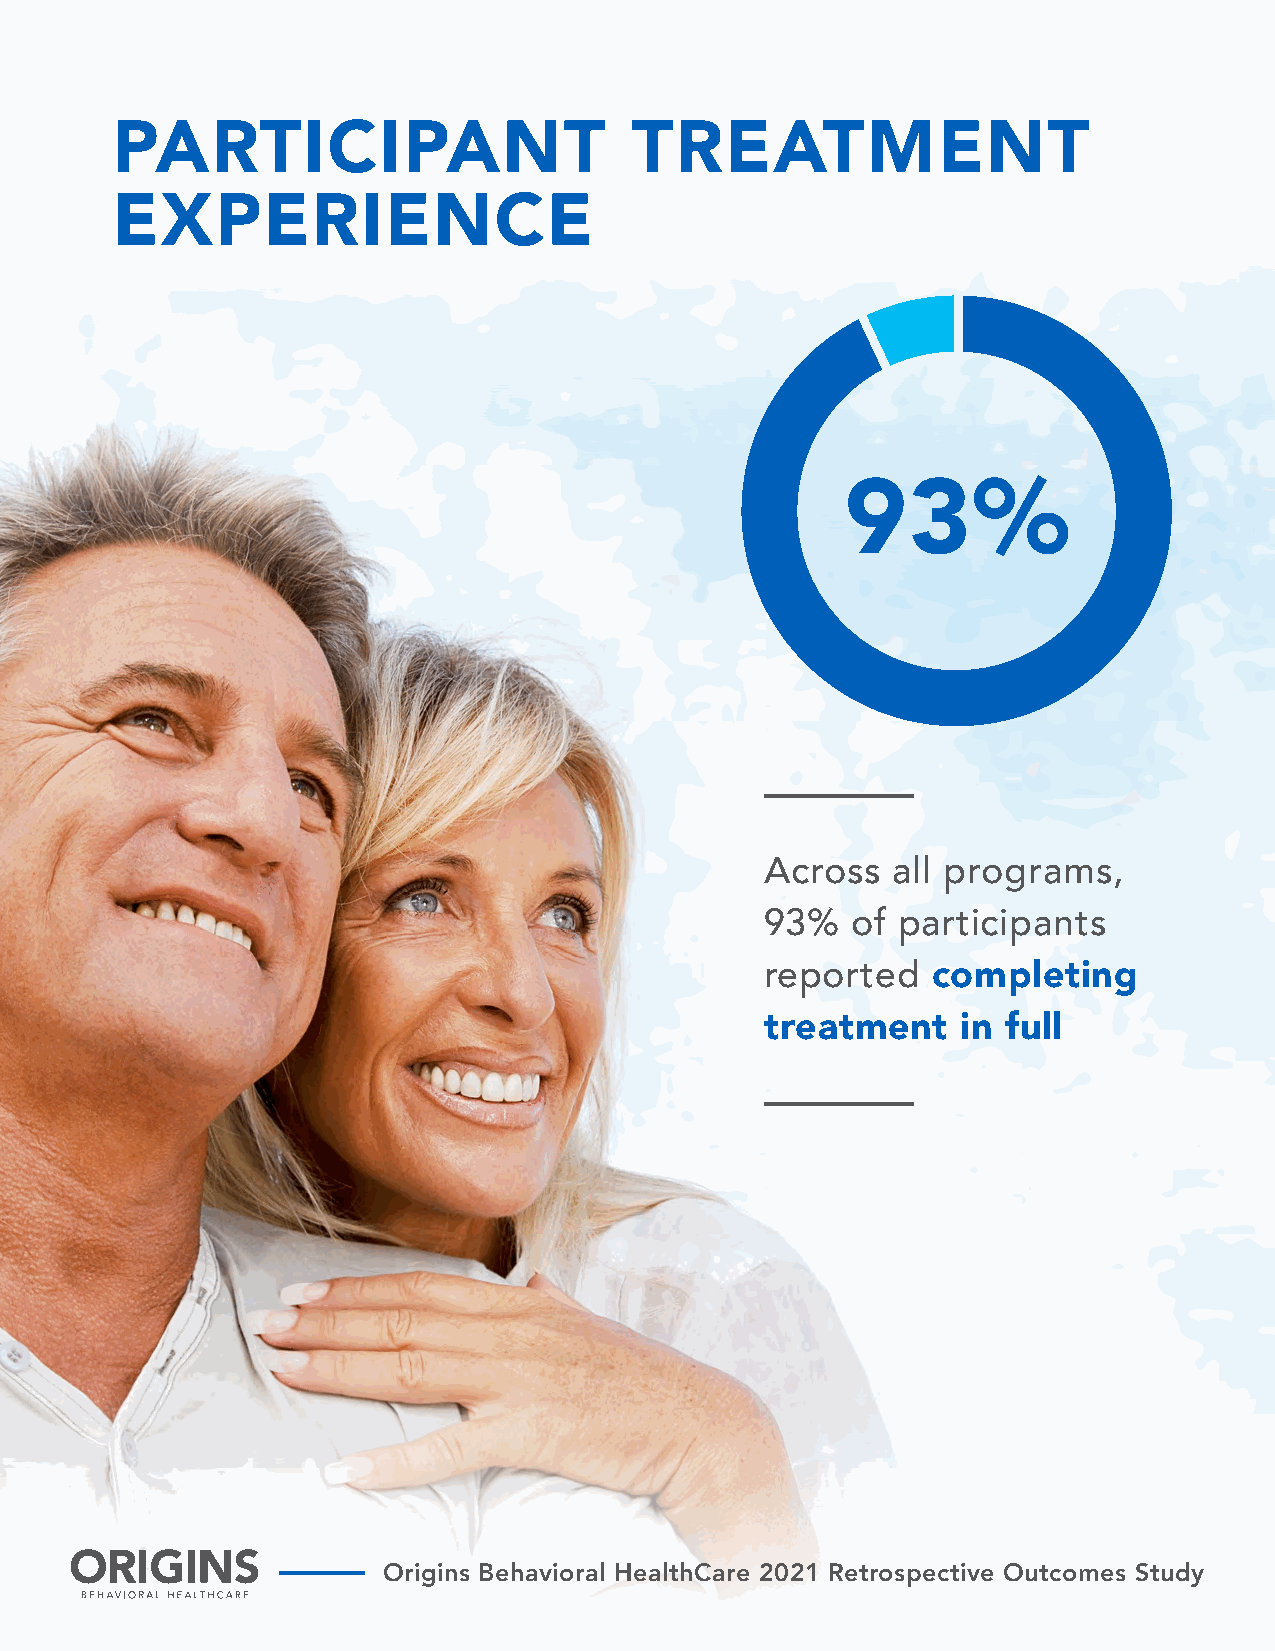
PARTICIPANT                        TREATMENT
 EXPERIENCE
 93%
 Across  all programs,
 93%  of participants
 reported   completing
 treatment    in full
 Origins Behavioral HealthCare 2021 Retrospective Outcomes Study